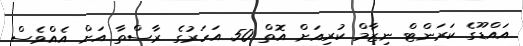
އައްޑޫގެ ކަރަންޓް ނިޒާމް ކުރިއަށް އޮތް 50 އަހަރުގެ ރާސްތާ އަށް އެއްވެސް